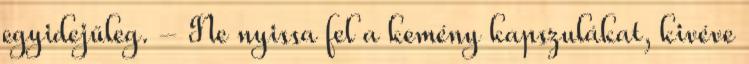
egyidejűleg. - Ne nyissa fel a kemény kapszulákat, kivéve